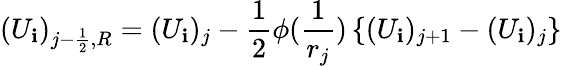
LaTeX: (U_{\mathbf{i}})_{j-\frac{{1}}{{2}},R}=(U_{\mathbf{i}})_{j}-\frac{{1}}{{2}}\phi(\frac{{1}}{{r_{j}}})\left\{ (U_{\mathbf{i}})_{j+1}-(U_{\mathbf{i}})_{j}\right\}